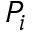
P _ { i }